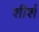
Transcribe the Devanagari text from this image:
शीर्श